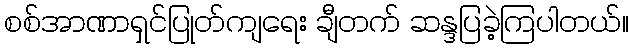
စစ်အာဏာရှင်ပြုတ်ကျရေး ချီတက် ဆန္ဒပြခဲ့ကြပါတယ်။